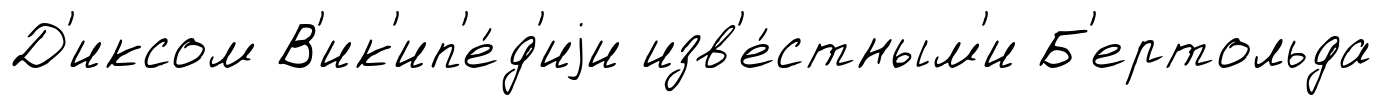
Д'иксом В'ик'ип'е́д'иjи изв'е́стным'и Б'ертольда